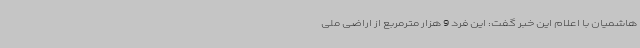
هاشمیان با اعلام این خبر گفت: این فرد 9 هزار مترمربع از اراضی ملی